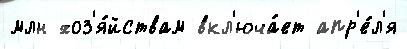
млн хоз'я́йствам вкл'юча́ет апр'е́л'я